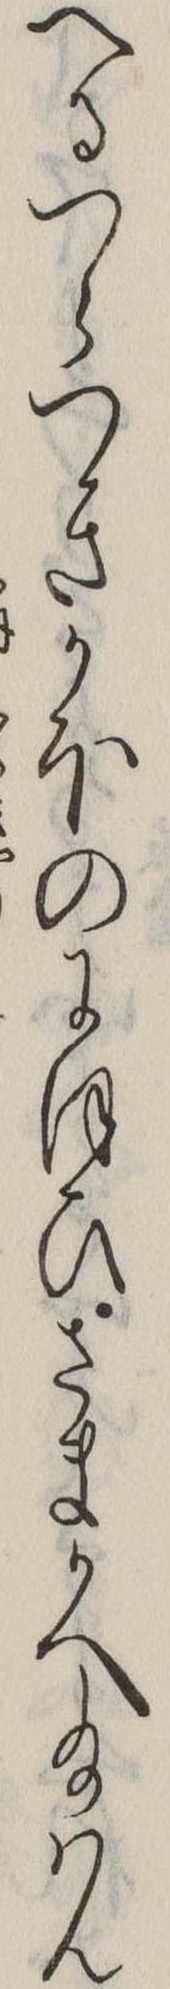
へるつらつきかほのにほひさまかへ給はん